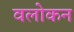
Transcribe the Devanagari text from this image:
वलोकन